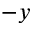
- y